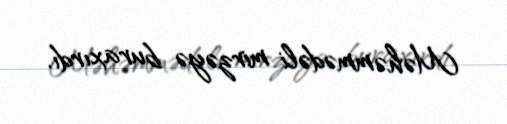
Məhəmmədəli mirzəyə buraxırdı.